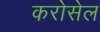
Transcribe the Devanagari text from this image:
करोसेल